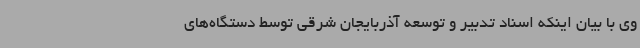
وی با بیان اینکه اسناد تدبیر و توسعه آذربایجان شرقی توسط دستگاه‌های